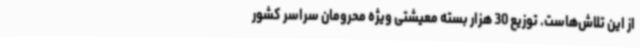
از این تلاش‌هاست. توزیع 30 هزار بسته معیشتی ویژه محرومان سراسر کشور